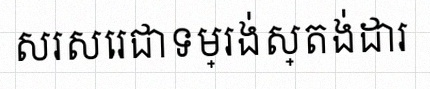
សរសេរជាទម្រង់ស្តង់ដារ